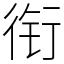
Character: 衔